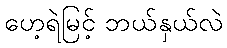
ဟေ့ရဲမြင့် ဘယ်နှယ်လဲ